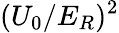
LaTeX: (U_{0}/E_{R})^{2}